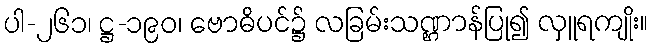
ပါ-၂၆၁၊ ဋ္ဌ-၁၉၀၊ ဗောဓိပင်၌ လခြမ်းသဏ္ဌာန်ပြု၍ လှူရကျိုး။